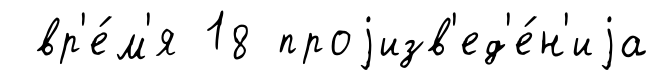
вр'е́м'я 18 проjизв'ед'е́н'иjа